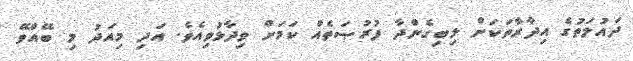
ދައުލަތުގެ އިދާރާތަކަށް ލިބިގެންދާ ފުރުޞަތެއް ކަމަށް ވިދާޅުވިއެވެ. އަދި މިއަދު މި ބޭއްވޭ